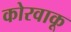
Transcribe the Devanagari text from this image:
कोरवाकू